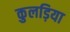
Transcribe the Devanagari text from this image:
कुलड़िया